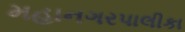
મહાનગરપાલીકા